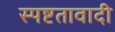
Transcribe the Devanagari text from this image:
स्पष्टतावादी